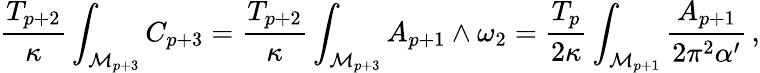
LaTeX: \frac{T_{p+2}}{\kappa}\int_{\mathcal{M}_{p+3}}C_{p+3}=\frac{T_{p+2}}{\kappa}\int_{\mathcal{M}_{p+3}}A_{p+1}\wedge\omega_{2}=\frac{T_{p}}{2\kappa}\int_{\mathcal{M}_{p+1}}\frac{A_{p+1}}{2\pi^{2}\alpha^{\prime}}\, ,